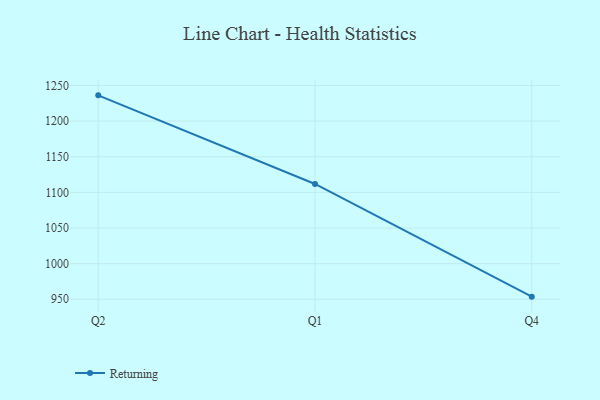
{"axis": {"x": "Quarter", "y": "Active Users"}, "legend": ["Returning"], "data": [{"x": "Q2", "y": 1236.1, "type": "Returning"}, {"x": "Q1", "y": 1111.8, "type": "Returning"}, {"x": "Q4", "y": 953.7, "type": "Returning"}]}